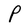
Character: P